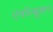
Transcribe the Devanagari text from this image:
एवॉल्यूशन